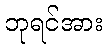
ဘုရင်အား